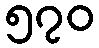
၅၇၀